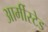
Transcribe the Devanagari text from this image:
आर्मीस्टेड